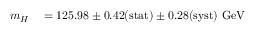
\begin{array} { r l } { m _ { H } } & { { } = 1 2 5 . 9 8 \pm 0 . 4 2 \mathrm { { ( s t a t ) } } \pm 0 . 2 8 \mathrm { { ( s y s t ) } } \mathrm { { ~ G e V } } } \end{array}